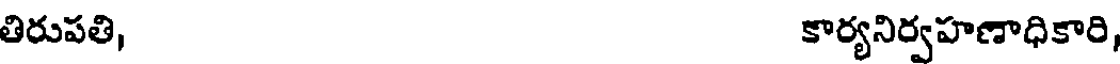
తిరుపతి, కార్యనిర్వహణాధికారి,